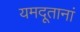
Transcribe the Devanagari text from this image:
यमदूतानां